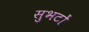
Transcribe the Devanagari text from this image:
सुभटों